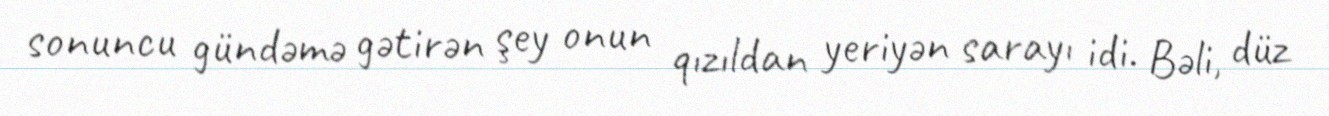
sonuncu gündəmə gətirən şey onun qızıldan yeriyən sarayı idi. Bəli, düz